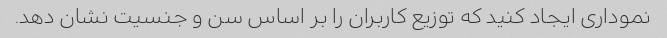
نموداری ایجاد کنید که توزیع کاربران را بر اساس سن و جنسیت نشان دهد.